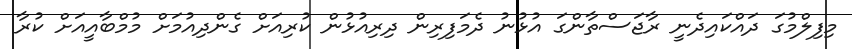
މިފިލްމުގަ ދައްކައިދެނީ ރާޖަސްތާންގަ އުޅުނު ދެމަފިރިން ދިރިއުޅުން ކުރިއަށް ގެންދިއުމަށް މުމްބާއީއަށް ކުރާ